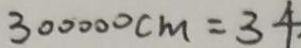
3 0 0 0 0 0 c m = 3 4 .